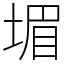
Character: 堳